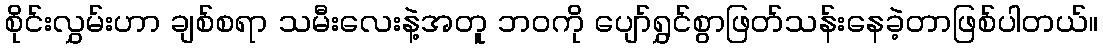
စိုင်းလွှမ်းဟာ ချစ်စရာ သမီးလေးနဲ့အတူ ဘဝကို ပျော်ရွှင်စွာဖြတ်သန်းနေခဲ့တာဖြစ်ပါတယ်။